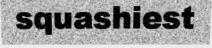
squashiest